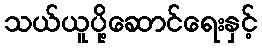
သယ်ယူပို့ဆောင်ရေးနှင့်